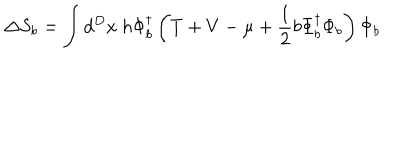
\Delta S _ { b } = \int d ^ { D } x ~ h \Phi _ { b } ^ { \dagger } \left( T + V - \mu + \frac { 1 } { 2 } b \Phi _ { b } ^ { \dagger } \Phi _ { b } \right) \Phi _ { b }